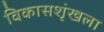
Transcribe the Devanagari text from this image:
विकासशृंखला